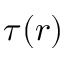
\tau ( r )